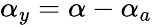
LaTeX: \alpha_{y}=\alpha-\alpha_{a}